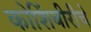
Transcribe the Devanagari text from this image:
कोशिंबीरीचे